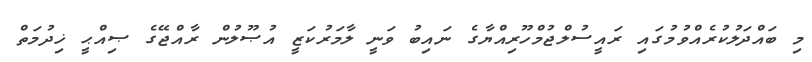
މި ބައްދަލުކުރެއްވުމުގައި ރައީސުލްޖުމްހޫރިއްޔާގެ ނައިބު ވަނީ ލާމަރުކަޒީ އުޞޫލުން ރާއްޖޭގެ ޞިއްޙީ ޚިދުމަތް